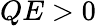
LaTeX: QE>0